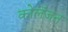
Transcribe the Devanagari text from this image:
कोलॅजन